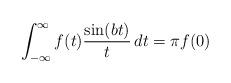
LaTeX: \begin{align*}\int_{-\infty}^{\infty}f(t)\frac{\sin(bt)}{t}\, dt = \pi f(0)\end{align*}